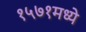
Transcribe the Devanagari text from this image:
१५७१मध्ये